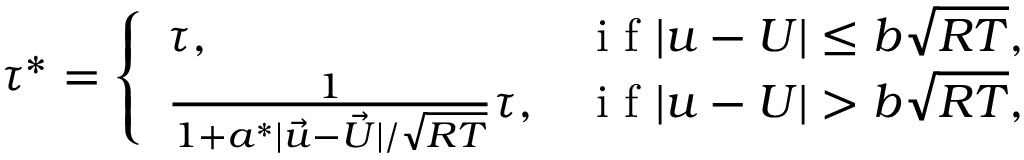
\tau ^ { * } = \left\{ \begin{array} { l l } { \tau , } & { \mathrm { ~ i ~ f ~ } | \boldsymbol { u } - \boldsymbol { U } | \leq b \sqrt { R T } , } \\ { \frac { 1 } { 1 + a ^ { * } | \vec { u } - \vec { U } | / \sqrt { R T } } \tau , } & { \mathrm { ~ i ~ f ~ } | \boldsymbol { u } - \boldsymbol { U } | > b \sqrt { R T } , } \end{array} \right.